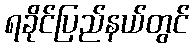
ရခိုင်ပြည်နယ်တွင်